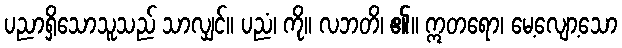
ပညာရှိသောသူသည် သာလျှင်။ ပညံ၊ ကို။ လဘတိ၊ ၏။ ဣတရော၊ မေ့လျော့သော